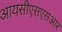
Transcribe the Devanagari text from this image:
आयसीएसएसआर